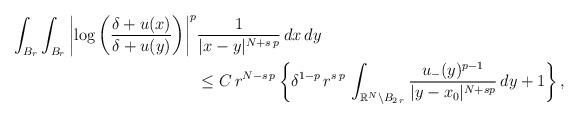
LaTeX: \begin{align*}\int_{B_r} \int_{B_r} \left|\log\left(\frac{\delta+u(x)}{\delta+u(y)}\right)\right|^p&\frac{1}{|x-y|^{N+s\,p}} \, dx\,dy\\& \le C\, r^{N-s\,p} \left\{\delta^{1-p}\, r^{s\,p}\,\int_{\mathbb{R}^N\setminus B_{2\,r} } \frac{u_-(y)^{p-1}}{|y-x_0|^{N+sp}}\,dy+ 1\right\},\end{align*}